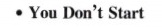
∙You Don't Start